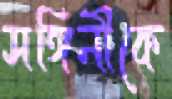
সঙ্গিনীকে